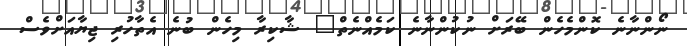
ނޯންނާނެ ކޮންމެހެން ބޭރަށް ނުކުންނާނެ ކަމެއްނެތް" ޝާކިރާ މިހެން ބުނެ އެތާހުރި ޖިޔާއަށްވެސް